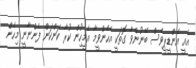
އެއީ އެންޑީޕީވެސް ބޭނުންވާ ގޮތަކީ އެހެންވީމާ އެމީހިުން ކުރާ ކަންކަން ފެންނާނީ މިހެން